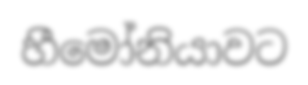
හීමෝනියාවට